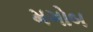
મગોબ